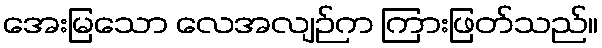
အေးမြသော လေအလျဉ်က ကြားဖြတ်သည်။